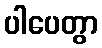
ပါပေတွာ